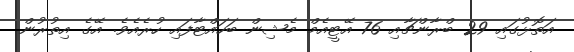
އަތޮޅުގައި 29 ބްރާންޗާއި 76 އޭޓީއެމް މެޝިން ބަހައްޓާފައި ހުރެއެވެ. އޭގެ އިތުރުން